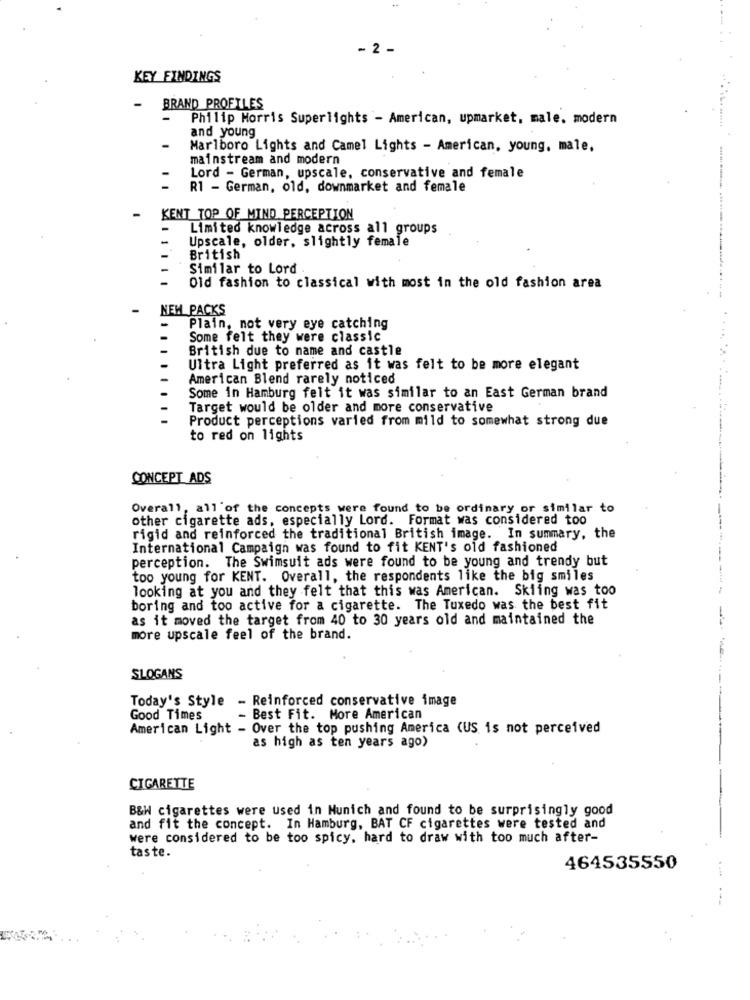
- 2 -
KEY FINDINGS
-
BRAND PROFILES
Philip Morris Superlights - American, upmarket, male. modern
and young
Marlboro Lights and Camel Lights - American, young, male,
mainstream and modern
Lord - German, upscale, conservative and female
R1 - German, old, downmarket and female
KENT TOP OF MIND PERCEPTION
Limited knowledge across all groups
-
Upscale, older, slightly female
British
Similar to Lord
Old fashion to classical with most in the old fashion area
NEW PACKS
. .
Plain, not very eye catching
Some felt they were classic
British due to name and castle
Ultra Light preferred as it was felt to be more elegant
American Blend rarely noticed
Some in Hamburg felt it was similar to an East German brand
Target would be older and more conservative
Product perceptions varied from mild to somewhat strong due
to red on lights
CONCEPT ADS
Overall, all'of the concepts were found to be ordinary or similar to
other cigarette ads, especially Lord. Format was considered too
rigid and reinforced the traditional British image. In summary, the
International Campaign was found to fit KENT's old fashioned
perception. The Swimsuit ads were found to be young and trendy but
too young for KENT. Overall, the respondents like the big smiles
looking at you and they felt that this was American. Skiing was too
boring and too active for a cigarette. The Tuxedo was the best fit
as it moved the target from 40 to 30 years old and maintained the
more upscale feel of the brand.
SLOGANS
Today's Style - Reinforced conservative image
Good Times
Best Fit. More American
American Light - Over the top pushing America (US is not perceived
as high as ten years ago)
CIGARETTE
B&W cigarettes were used in Munich and found to be surprisingly good
and fit the concept. In Hamburg, BAT CF cigarettes were tested and
were considered to be too spicy, hard to draw with too much after-
taste.
464535550